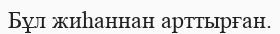
Бұл жиһаннан арттырған.